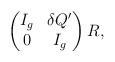
LaTeX: \begin{align*}\begin{pmatrix}I_g & \delta Q'\\0 & I_g\end{pmatrix}R,\end{align*}